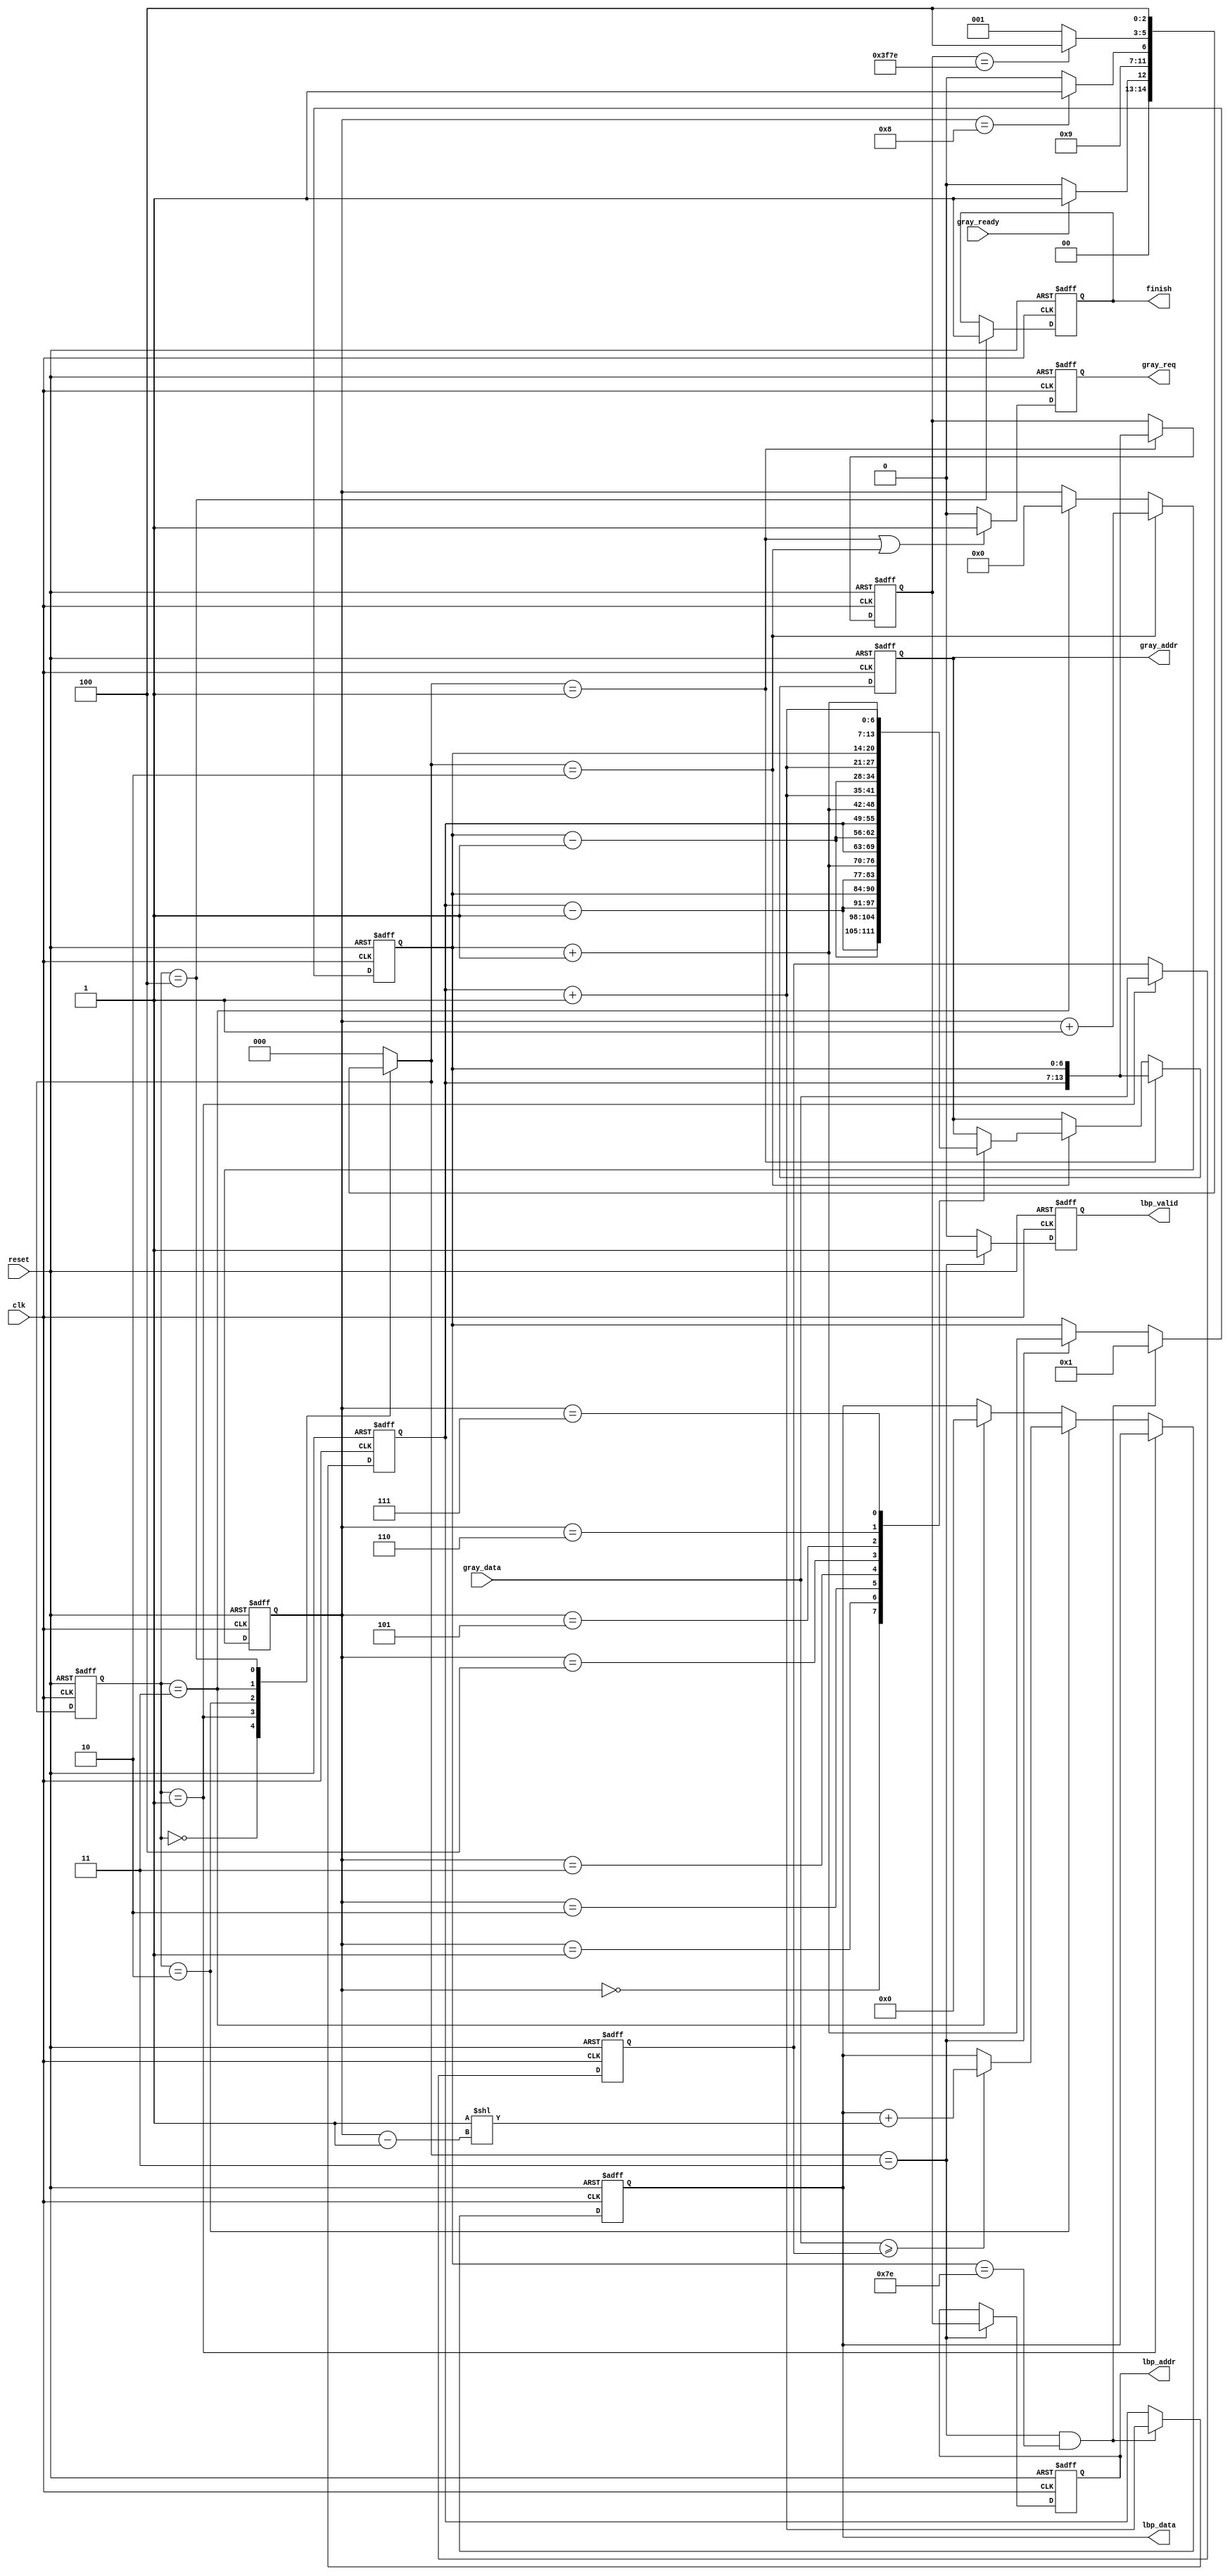

`timescale 1ns/10ps
module LBP ( clk, reset, gray_addr, gray_req, gray_ready, gray_data, lbp_addr, lbp_valid, lbp_data, finish);
input   	clk;
input   	reset;
output  [13:0] 	gray_addr;
output         	gray_req;
input   	gray_ready;
input   [7:0] 	gray_data;
output  [13:0] 	lbp_addr;
output  	lbp_valid;
output  [7:0] 	lbp_data;
output  	finish;
//====================================================================
reg [13:0] gray_addr;
reg gray_req;
reg [13:0] lbp_addr;
reg lbp_valid;
reg [7:0] lbp_data;
reg finish;

reg [2:0] current_state,next_state; 
reg [6:0] x,y;
wire [6:0] x_b,x_f,y_b,y_f;
reg [3:0] counter_G;

assign x_b = x - 7'd1;
assign x_f = x + 7'd1;
assign y_b = y - 7'd1;
assign y_f = y + 7'd1;

wire [13:0] g0_addr,g1_addr,g2_addr,g3_addr,g4_addr,g5_addr,g6_addr,g7_addr;
reg [13:0] gc_addr;

assign g0_addr = {y_b,x_b};
assign g1_addr = {y_b,x};
assign g2_addr = {y_b,x_f};

assign g3_addr = {y,x_b};
assign g4_addr = {y,x_f};

assign g5_addr = {y_f,x_b};
assign g6_addr = {y_f,x};
assign g7_addr = {y_f,x_f};

reg [7:0] gc_data;

wire [3:0] counter_G_cutOne;
assign counter_G_cutOne = counter_G - 4'd1;
//state
parameter IDLE = 3'd0;
parameter READ_gc = 3'd1;
parameter READ_gp = 3'd2;
parameter RESULT = 3'd3;
parameter FINISH = 3'd4;

//switch state
always@(posedge clk or posedge reset)
begin
    if(reset) current_state <= IDLE;
    else current_state <= next_state;
end

//next state logic
always@(*)
begin
    case(current_state)
    IDLE: 
    begin
        if(gray_ready == 1'd1) next_state = READ_gc;
        else next_state = IDLE;
    end
    READ_gc: next_state = READ_gp;
    READ_gp:
    begin
        if(counter_G == 4'd8) next_state = RESULT;
        else next_state = READ_gp;
    end
    RESULT: 
    begin
        if(gc_addr == 14'd16254) next_state = FINISH; //128*128-128-1-1 = 162454
        else next_state = READ_gc;
    end
    FINISH: next_state = FINISH;
    default: next_state = IDLE;
    endcase
end

//index x y
always@(posedge clk or posedge reset)
begin
    if(reset) x <= 7'd1;
    else if(next_state == RESULT && x == 7'd126) x <= 7'd1;
    else if(next_state == RESULT) x <= x + 7'd1;
end

always@(posedge clk or posedge reset)
begin
    if(reset) y <= 7'd1;
    else if(next_state == RESULT && x == 7'd126) y <= y + 7'd1;
end

//counter_G
always@(posedge clk or posedge reset)
begin
    if(reset) counter_G <= 4'd0;
    else if(next_state == READ_gp) counter_G <= counter_G + 4'd1;
    else if(current_state == RESULT) counter_G <= 4'd0;
end

//gc_addr
always@(posedge clk or posedge reset)
begin
    if(reset) gc_addr <= 14'd129;
    else if(next_state == READ_gc) gc_addr <= {y,x};
end

//output

//gray_req
always@(posedge clk or posedge reset)
begin
    if(reset) gray_req <= 1'd0;
    else if(next_state == READ_gc || next_state == READ_gp) gray_req <= 1'd1;
    else gray_req <= 1'd0;
end

//lbp_valid
always@(posedge clk or posedge reset)
begin
    if(reset) lbp_valid <= 1'd0;
    else if(next_state == RESULT) lbp_valid <= 1'd1;
    else lbp_valid <= 1'd0;
end

//finish
always@(posedge clk or posedge reset)
begin
    if(reset) finish <= 1'd0;
    else if(current_state == FINISH) finish <= 1'd1;
end

//gray_addr
always@(posedge clk or posedge reset)
begin
    if(reset) gray_addr <= 14'd0;
    else if(next_state == READ_gc) gray_addr <= {y,x};
    else if(next_state == READ_gp)
    begin
        case(counter_G)
        4'd0: gray_addr <= g0_addr;
        4'd1: gray_addr <= g1_addr;
        4'd2: gray_addr <= g2_addr;
        
        4'd3: gray_addr <= g3_addr;
        4'd4: gray_addr <= g4_addr;
        
        4'd5: gray_addr <= g5_addr;
        4'd6: gray_addr <= g6_addr;
        4'd7: gray_addr <= g7_addr;
        endcase
    end
end

//lbp_addr
always@(posedge clk or posedge reset)
begin
    if(reset) lbp_addr <= 14'd0;
    else if(next_state == RESULT) lbp_addr <= gc_addr;
end

//lbp_data
always@(posedge clk or posedge reset)
begin
    if(reset) 
    begin
        lbp_data <= 8'd0;
        gc_data <= 8'd0;
    end
    else if(current_state == READ_gc) gc_data <= gray_data;
    else if(current_state == READ_gp)
    begin
        if(gray_data>=gc_data) lbp_data <= lbp_data + (8'd1 << counter_G_cutOne);
    end
    else if(current_state == RESULT) lbp_data <= 8'd0;
end

//====================================================================
endmodule